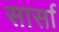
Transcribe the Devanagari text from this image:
सार्सा